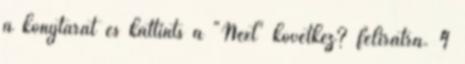
a könytárat és kattints a "Next" következ? feliratra. 4